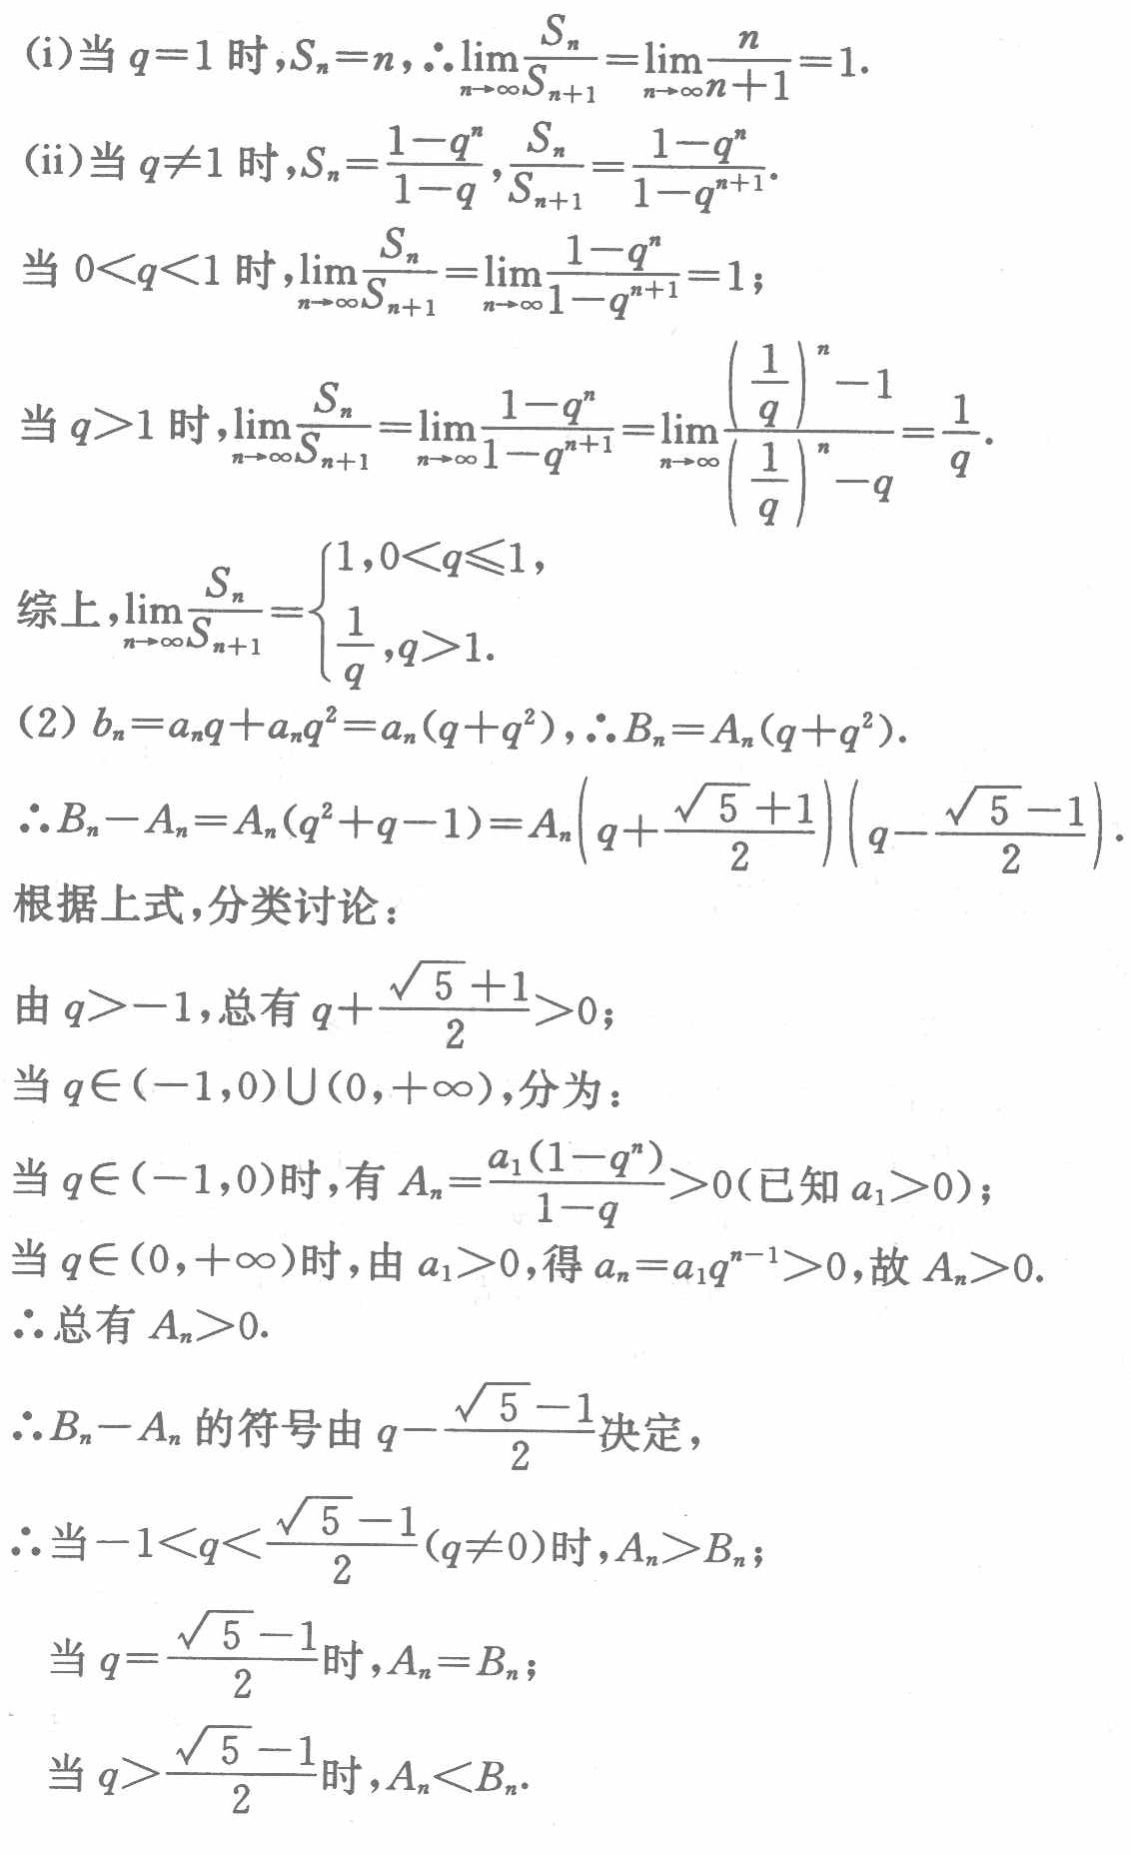
(i)当 \(q = 1\) 时，\(S_n=n\)，\(\therefore\lim_{n\rightarrow\infty}\frac{S_n}{S_{n + 1}}=\lim_{n\rightarrow\infty}\frac{n}{n + 1}=1\)。
(ii)当 \(q\neq1\) 时，\(S_n=\frac{1 - q^n}{1 - q}\)，\(\frac{S_n}{S_{n+1}}=\frac{1 - q^n}{1 - q^{n + 1}}\)。
当 \(0\lt q\lt1\) 时，\(\lim_{n\rightarrow\infty}\frac{S_n}{S_{n + 1}}=\lim_{n\rightarrow\infty}\frac{1 - q^n}{1 - q^{n + 1}}=1\)；
当 \(q\gt1\) 时，\(\lim_{n\rightarrow\infty}\frac{S_n}{S_{n + 1}}=\lim_{n\rightarrow\infty}\frac{1 - q^n}{1 - q^{n + 1}}=\lim_{n\rightarrow\infty}\frac{(\frac{1}{q})^n - 1}{(\frac{1}{q})^n - q}=\frac{1}{q}\)。
综上，\(\lim_{n\rightarrow\infty}\frac{S_n}{S_{n + 1}}=\begin{cases}1, & 0\lt q\leqslant1,\\\frac{1}{q}, & q\gt1.\end{cases}\)
(2) \(b_n=a_nq + a_nq^2=a_n(q + q^2)\)，\(\therefore B_n=A_n(q + q^2)\)。
\(\therefore B_n - A_n=A_n(q^2 + q - 1)=A_n\left(q+\frac{\sqrt{5}+1}{2}\right)\left(q-\frac{\sqrt{5}-1}{2}\right)\)。
根据上式，分类讨论：
由 \(q\gt - 1\)，总有 \(q+\frac{\sqrt{5}+1}{2}\gt0\)；
当 \(q\in(-1,0)\cup(0,+\infty)\)，分为：
当 \(q\in(-1,0)\) 时，有 \(A_n=\frac{a_1(1 - q^n)}{1 - q}\gt0\)（已知 \(a_1\gt0\)）；
当 \(q\in(0,+\infty)\) 时，由 \(a_1\gt0\)，得 \(a_n=a_1q^{n - 1}\gt0\)，故 \(A_n\gt0\)。
\(\therefore\)总有 \(A_n\gt0\)。
\(\therefore B_n - A_n\) 的符号由 \(q-\frac{\sqrt{5}-1}{2}\) 决定，
\(\therefore\)当 \(-1\lt q\lt\frac{\sqrt{5}-1}{2}(q\neq0)\) 时，\(A_n\gt B_n\)；
当 \(q=\frac{\sqrt{5}-1}{2}\) 时，\(A_n = B_n\)；
当 \(q\gt\frac{\sqrt{5}-1}{2}\) 时，\(A_n\lt B_n\)。